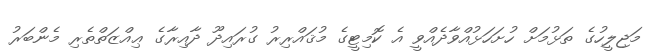
މަޖިލީހުގެ ތަޅުމަށް ހުށަހަޅުއްވާދެއްވީ އެ ކޮމިޓީގެ މުޤައްރިރު ގުރައިދޫ ދާއިރާގެ ޢިއްޒަތްތެރި މެންބަރު